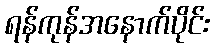
ရန်ကုန်အနောက်ပိုင်း